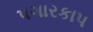
પગારકાપ